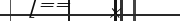
٥٤